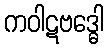
ကဝါဋဗဒ္ဓေါ